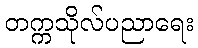
တက္ကသိုလ်ပညာရေး